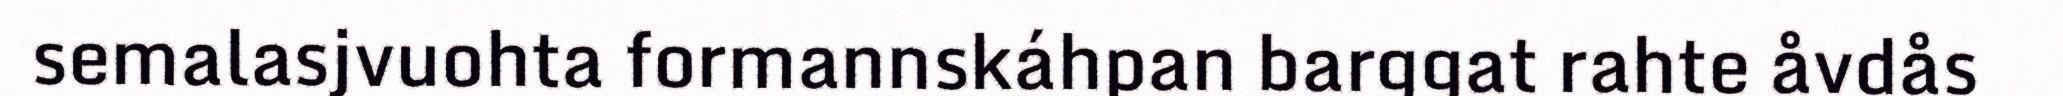
semalasjvuohta formannskáhpan barggat rahte åvdås